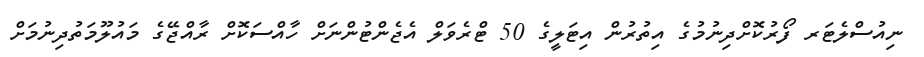
ނިއުސްލެޓަރ ފޯރުކޮށްދިނުމުގެ އިތުރުން އިޓަލީގެ 50 ޓްރެވަލް އެޖެންޓުންނަށް ހާއްސަކޮށް ރާއްޖޭގެ މައުލޫމަތުދިނުމަށް